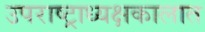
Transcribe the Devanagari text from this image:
उपराष्ट्राध्यक्षकालात